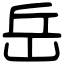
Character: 岳